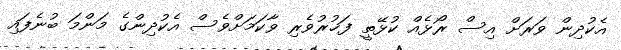
އެކުދިން ވަރަށް އިސް ރޯޅެއް ކުޅޭތީ ފަޚުރުވެރި ވާކަމަށްވެސް އެކުދިންގެ މަންމަ ބުނެފައި